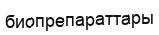
биопрепараттары